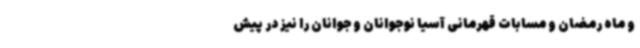
و ماه رمضان و مسابات قهرمانی آسیا نوجوانان و جوانان را نیز در پیش